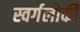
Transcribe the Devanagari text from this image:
स्वर्गलोकी